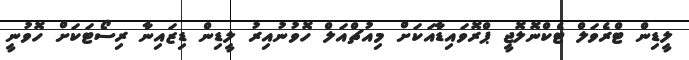
ލީޑިން ޓްރެވަލް ޓެކްނޮލޮޖީ ޕްރޮވައިޑާއަކަށް މިއުޗްއަލް ހޮވުނުއިރު ލީޑިން ޑިޒައިނާ ރިސޯޓަކަށް ހޮވުނީ